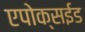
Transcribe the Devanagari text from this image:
एपोक्सईड